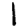
Digit: 1